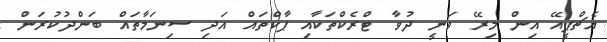
އެޗްޕީއޭ އިން މިރޭ ވަނީ ދުވާ ޓްރެކްތަކާއި ޕާކްތައް އަދި ސިނަމާތައް ބަންދުކުރަން